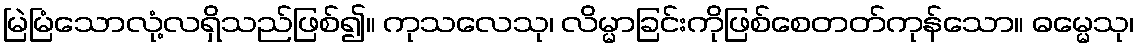
မြဲမြံသောလုံ့လရှိသည်ဖြစ်၍။ ကုသလေသု၊ လိမ္မာခြင်းကိုဖြစ်စေတတ်ကုန်သော။ ဓမ္မေသု၊